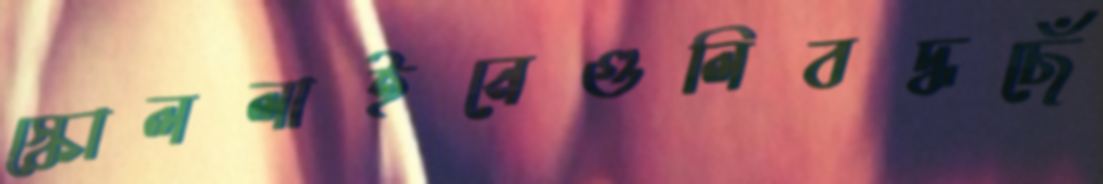
স্কোললাইনেগুলিবদ্ধছেঁ